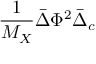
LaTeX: { \frac { 1 } { M _ { X } } } \bar { \Delta } \Phi ^ { 2 } \bar { \Delta } _ { c }